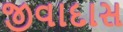
જીવાદાસ